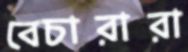
বেচারারা